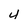
Character: 4